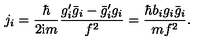
j _ { i } = \frac { \hbar } { 2 \mathrm { i } m } \frac { g _ { i } ^ { \prime } \bar { g } _ { i } - \bar { g } _ { i } ^ { \prime } g _ { i } } { f ^ { 2 } } = \frac { \hbar b _ { i } g _ { i } \bar { g } _ { i } } { m f ^ { 2 } } .